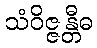
သံဝိဇ္ဇန္တီဓ